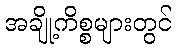
အချို့ကိစ္စများတွင်